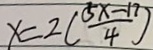
x = 2 ( \frac { 5 x - 1 7 } { 4 } )